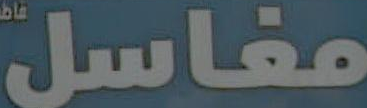
مغاسل